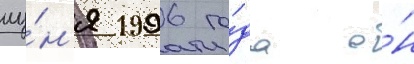
иу́н'я 1996 го́да о́н